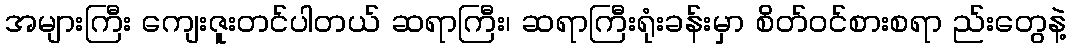
အများကြီး ကျေးဇူးတင်ပါတယ် ဆရာကြီး၊ ဆရာကြီးရုံးခန်းမှာ စိတ်ဝင်စားစရာ ည်းတွေနဲ့